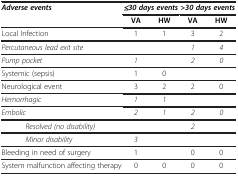
<table><thead><tr><td><b><i>Adverse events</i></b></td><td colspan="2"><b><i>≤30 days events</i></b></td><td colspan="2"><b><i>&gt;30 days events</i></b></td></tr><tr><td><b> </b></td><td><b>VA</b></td><td><b>HW</b></td><td><b>VA</b></td><td><b>HW</b></td></tr></thead><tbody><tr><td>Local Infection</td><td>1</td><td>1</td><td>3</td><td>2</td></tr><tr><td><i>Percutaneous lead exit site</i></td><td> </td><td> </td><td><i>1</i></td><td><i>4</i></td></tr><tr><td><i>Pump pocket</i></td><td><i>1</i></td><td> </td><td><i>2</i></td><td><i>0</i></td></tr><tr><td>Systemic (sepsis)</td><td>1</td><td>0</td><td> </td><td> </td></tr><tr><td>Neurological event</td><td>3</td><td>2</td><td>2</td><td>0</td></tr><tr><td><i>Hemorrhagic</i></td><td><i>1</i></td><td><i>1</i></td><td> </td><td> </td></tr><tr><td><i>Embolic</i></td><td><i>2</i></td><td><i>1</i></td><td><i>2</i></td><td><i>0</i></td></tr><tr><td> <i>Resolved (no disability)</i></td><td> </td><td> </td><td><i>2</i></td><td> </td></tr><tr><td> <i>Minor disability</i></td><td><i>3</i></td><td> </td><td> </td><td> </td></tr><tr><td>Bleeding in need of surgery</td><td>1</td><td> </td><td>0</td><td>0</td></tr><tr><td>System malfunction affecting therapy</td><td>0</td><td>0</td><td>0</td><td>0</td></tr></tbody></table>